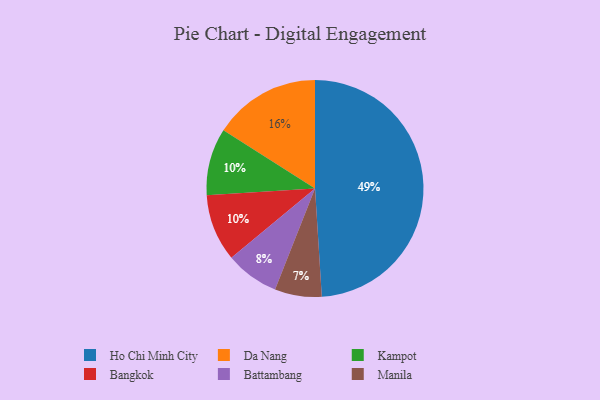
{"axis": {"x": "Category", "y": "Percentage"}, "legend": ["Bangkok", "Battambang", "Da Nang", "Ho Chi Minh City", "Kampot", "Manila"], "data": [{"x": "Battambang", "y": 8, "type": "Battambang"}, {"x": "Manila", "y": 7, "type": "Manila"}, {"x": "Da Nang", "y": 16, "type": "Da Nang"}, {"x": "Kampot", "y": 10, "type": "Kampot"}, {"x": "Ho Chi Minh City", "y": 49, "type": "Ho Chi Minh City"}, {"x": "Bangkok", "y": 10, "type": "Bangkok"}]}